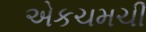
એકચમચી